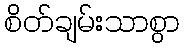
စိတ်ချမ်းသာစွာ